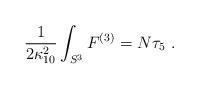
LaTeX: \begin{align*} \frac1{2\kappa_{10}^2} \int_{S^3} F^{(3)} = N \tau_5~.\end{align*}